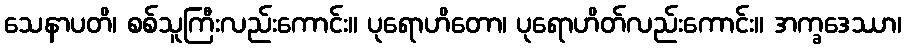
သေနာပတိ၊ စစ်သူကြီးလည်းကောင်း။ ပုရောဟိတော၊ ပုရောဟိတ်လည်းကောင်း။ အက္ခဒေဿာ၊